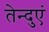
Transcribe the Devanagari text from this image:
तेन्दुएं